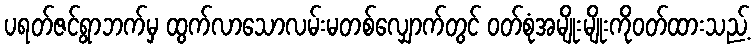
ပရတ်ဇင်ရွာဘက်မှ ထွက်လာသောလမ်းမတစ်လျှောက်တွင် ဝတ်စုံအမျိုးမျိုးကိုဝတ်ထားသည့်